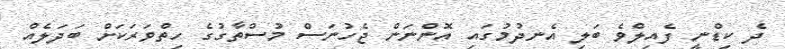
ދެ ކިޑްނީ ފެއިލްވެ ބަލި އެނދުމުގައި އޮންނަން ޖެހުނަސް މުސްތާގުގެ ހިތްވަރަކަށް ބަދަލެއް